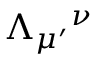
\Lambda _ { \mu ^ { \prime } } { } ^ { \nu }